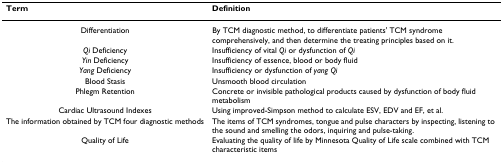
<table><thead><tr><td><b>Term</b></td><td><b>Definition</b></td></tr></thead><tbody><tr><td>Differentiation</td><td>By TCM diagnostic method, to differentiate patients&#x27; TCM syndrome comprehensively, and then determine the treating principles based on it.</td></tr><tr><td><i>Qi </i>Deficiency</td><td>Insufficiency of vital <i>Qi </i>or dysfunction of <i>Qi</i></td></tr><tr><td><i>Yin </i>Deficiency</td><td>Insufficiency of essence, blood or body fluid</td></tr><tr><td><i>Yang </i>Deficiency</td><td>Insufficiency or dysfunction of <i>yang Qi</i></td></tr><tr><td>Blood Stasis</td><td>Unsmooth blood circulation</td></tr><tr><td>Phlegm Retention</td><td>Concrete or invisible pathological products caused by dysfunction of body fluid metabolism</td></tr><tr><td>Cardiac Ultrasound Indexes</td><td>Using improved-Simpson method to calculate ESV, EDV and EF, et al.</td></tr><tr><td>The information obtained by TCM four diagnostic methods</td><td>The items of TCM syndromes, tongue and pulse characters by inspecting, listening to the sound and smelling the odors, inquiring and pulse-taking.</td></tr><tr><td>Quality of Life</td><td>Evaluating the quality of life by Minnesota Quality of Life scale combined with TCM characteristic items</td></tr></tbody></table>